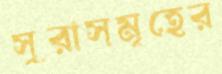
সুরাসমূহের